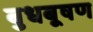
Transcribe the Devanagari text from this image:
बुधबूषण